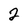
Character: 2